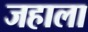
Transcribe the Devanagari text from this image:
जहाला